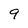
Character: 9